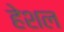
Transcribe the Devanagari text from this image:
हेशल